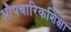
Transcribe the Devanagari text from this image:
औपचारिकशिक्षा